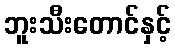
ဘူးသီးတောင်နှင့်